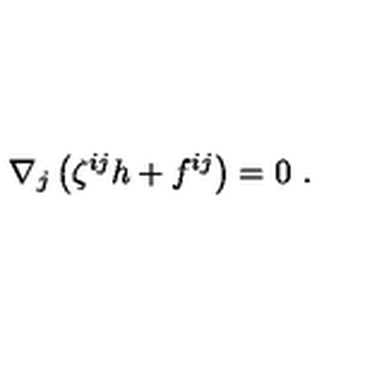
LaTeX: \nabla _ { j } \left( \zeta ^ { i j } h + f ^ { i j } \right) = 0 \ .